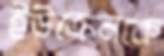
ইউক্রেনকে